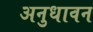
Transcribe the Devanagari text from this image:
अनुधावन